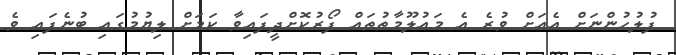
ފުލުހުންނަށް އެއަށް ވުރެ އެ މައުލޫމާތުތައް ފޯރުކޮށްދީފައިވާ ކަމަށް ލިޔުމުގައި ބުނެފައި ވެ